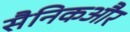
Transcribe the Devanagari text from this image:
सैनिकऔर